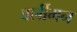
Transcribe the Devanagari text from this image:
बर्लीमन